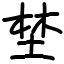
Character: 埜